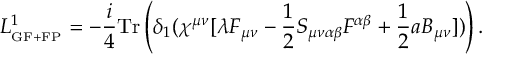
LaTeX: L _ { _ { \mathrm { G F + F P } } } ^ { 1 } = - \frac { i } { 4 } \mathrm { T r } \left( \delta _ { 1 } ( \chi ^ { \mu \nu } [ \lambda F _ { \mu \nu } - \frac { 1 } { 2 } S _ { \mu \nu \alpha \beta } F ^ { \alpha \beta } + \frac { 1 } { 2 } a B _ { \mu \nu } ] ) \right) .